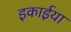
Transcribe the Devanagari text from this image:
इकाईया